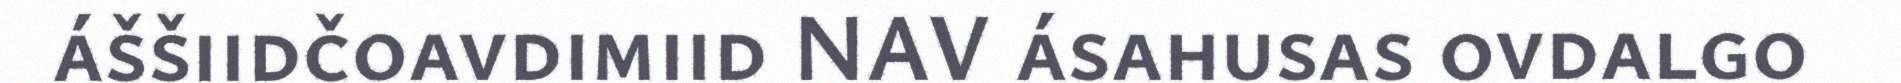
áššiidčoavdimiid NAV ásahusas ovdalgo